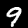
Label: 9